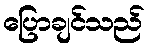
ပြောချင်သည်